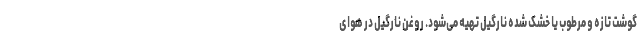
گوشت تازه و مرطوب یا خشک شده نارگیل تهیه می‌شود. روغن نارگیل در هوای